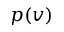
p ( v )